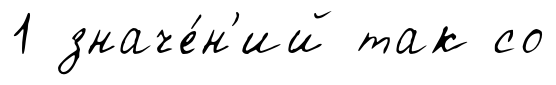
1 значе́н'ий так со